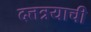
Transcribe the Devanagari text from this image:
दत्तत्रयाची